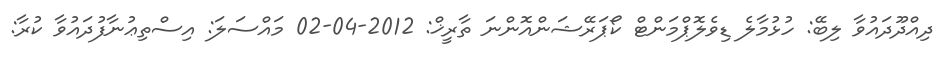
ދިއްދޫދައުވާ ލިބޭ: ހުޅުމާލެ ޑިވެލޮޕްމަންޓް ކޯޕަރޭޝަންއޮންނަ ތާރީޚް: 2012-04-02 މައްސަލަ: އިސްތިޢުނާފުދައުވާ ކުރާ: